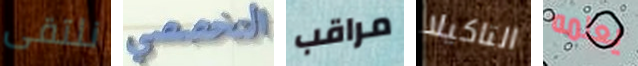
نلتقى التخصصي مراقب التاكيلا يعلمه